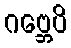
ဂဗ္ဘေပိ